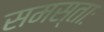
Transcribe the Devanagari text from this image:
समस्ताः